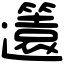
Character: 𨘻